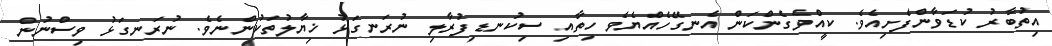
އިތުބާރު ކުޑަވާންފެށިއެވެ. ކީއްވެގެންކަން އެނގޭހެއްޔެވެ ހިތާއި ސިކުނޑިފުރާލި ނުރަނގަޅު ޚިޔާލުތަކުންނެވެ. ނުރަނގަޅު ވިސްނުން